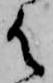
御